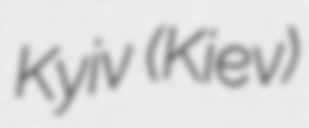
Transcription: Kyiv (Kiev)